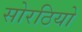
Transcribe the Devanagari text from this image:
सोरठियो